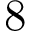
8